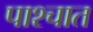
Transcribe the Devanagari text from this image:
पाश्‍चात